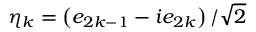
\eta _ { k } = \left( e _ { 2 k - 1 } - i e _ { 2 k } \right) / { \sqrt { 2 } }